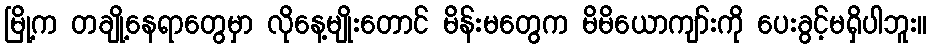
မြို့က တချို့နေရာတွေမှာ လိုနေ့မျိုးတောင် မိန်းမတွေက မိမိယောကျာ်းကို ပေးခွင့်မရှိပါဘူး။